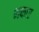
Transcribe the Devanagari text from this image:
भकार